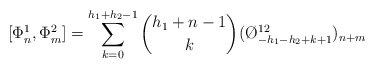
\begin{align*}[\Phi ^{1}_{n},\Phi ^{2}_{m}]=\sum _{k=0}^{h_{1}+h_{2}-1}{h_{1}+n-1\choose k}(\O ^{12}_{-h_{1}-h_{2}+k+1})_{n+m}\end{align*}